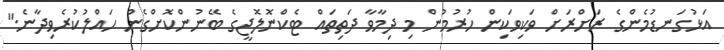
އަޅުގަނޑުމެންގެ ރަށްރަށް ވަކިވަކިން ހުރުމުން މި ދިމާވާ ދަތިތައް ޓެކްނޮލޮޖީގެ ބޭނުންކޮށްގެން ހައްލުކުރެވިދާނެ."